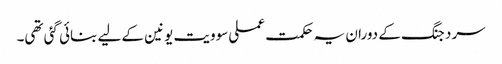
سرد جنگ کے دوران یہ حکمت عملی سوویت یونین کے لیے بنائی گئی تھی۔